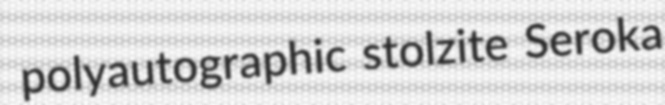
polyautographic stolzite Seroka